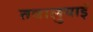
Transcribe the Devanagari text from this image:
तवालुयाई